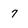
Character: 7